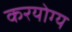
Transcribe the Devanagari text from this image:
करयोग्य